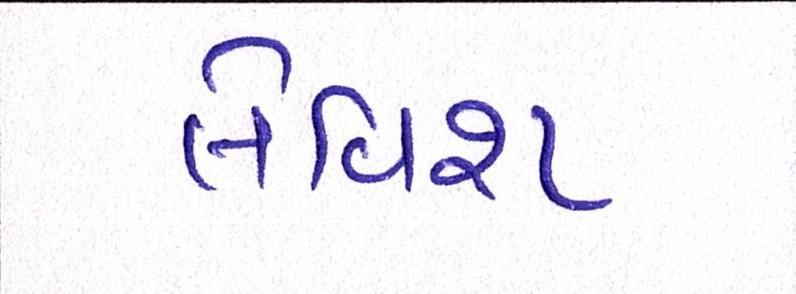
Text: લેવિશ